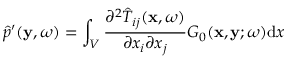
\hat { p } ^ { \prime } ( \mathbf { y } , \omega ) = \int _ { V } \frac { \partial ^ { 2 } \hat { T } _ { i j } ( \mathbf { x } , \omega ) } { \partial x _ { i } \partial x _ { j } } G _ { 0 } ( \mathbf { x } , \mathbf { y } ; \omega ) \mathrm { d } x